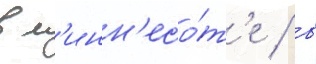
в м'инн'есо́т'е / в